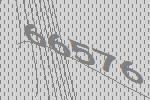
66576